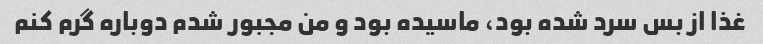
غذا از بس سرد شده بود، ماسیده بود و من مجبور شدم دوباره گرم کنم